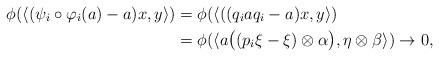
LaTeX: \begin{align*}\phi(\langle(\psi_i\circ\varphi_i(a)-a)x,y\rangle)&=\phi(\langle((q_iaq_i-a)x,y\rangle)\\& =\phi(\langle a\big((p_i\xi-\xi)\otimes\alpha\big),\eta\otimes\beta\rangle)\to 0, \end{align*}